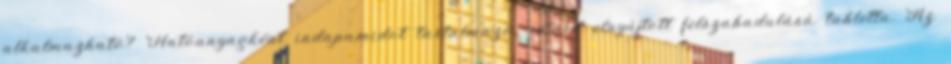
alkalmazható? Hatóanyagként indapamidot tartalmazó, retard elnyújtott felszabadulású tabletta. Az